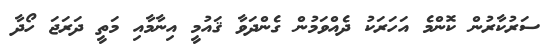
ސަރުކާރުން ކޮންމެ އަހަރަކު ދެއްވަމުން ގެންދަވާ ޤައުމީ އިނާމާއި މަތީ ދަރަޖަ ހޯދާ